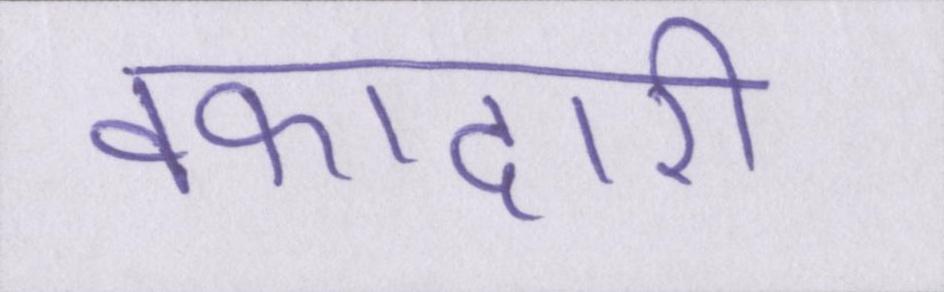
वफादारी